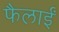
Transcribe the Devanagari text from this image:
फैलाईं